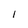
Character: l